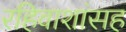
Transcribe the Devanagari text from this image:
रहिवाशांसह